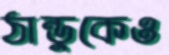
ঠান্ডুকেও